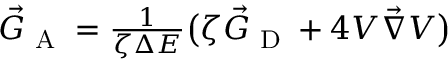
\begin{array} { r } { \vec { G } _ { \textrm { A } } = \frac { 1 } { \zeta \Delta E } \bigl ( \zeta \vec { G } _ { \textrm { D } } + 4 V \vec { \nabla } V \bigr ) } \end{array}